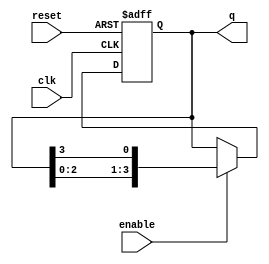
module ring_counter #(
    parameter N = 4  // Number of stages (flip-flops)
)(
    input wire clk,         // Clock input
    input wire reset,       // Reset input
    input wire enable,      // Enable signal
    output reg [N-1:0] q    // Output of the ring counter
);

    // Initial state
    initial begin
        q = 1'b1; // Start with the first flip-flop set to '1'
    end

    // Sequential logic block
    always @(posedge clk or posedge reset) begin
        if (reset) begin
            q <= 1'b1; // Reset to initial state
        end else if (enable) begin
            // Shift the '1' to the next flip-flop
            q <= {q[N-2:0], q[N-1]}; // Circular shift
        end
    end

endmodule